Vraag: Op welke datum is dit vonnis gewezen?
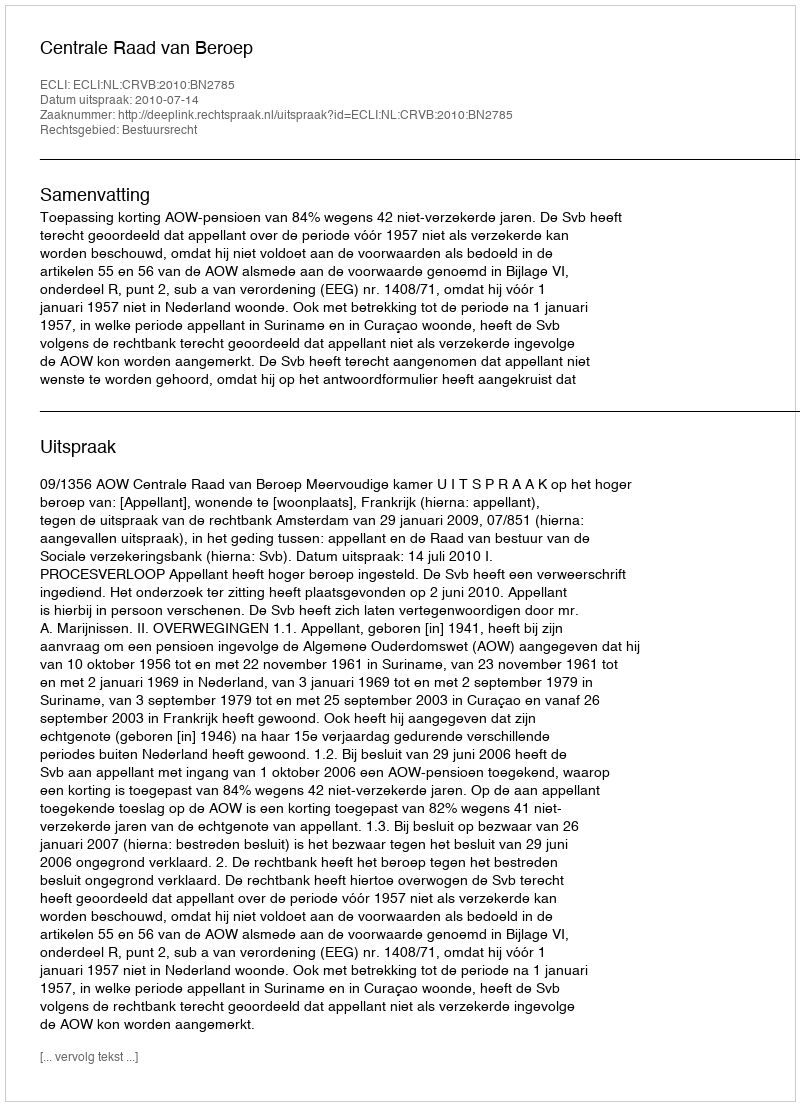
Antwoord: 2010-07-14